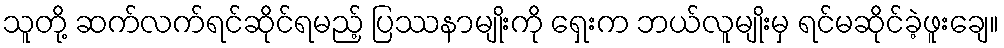
သူတို့ ဆက်လက်ရင်ဆိုင်ရမည့် ပြဿနာမျိုးကို ရှေးက ဘယ်လူမျိုးမှ ရင်မဆိုင်ခဲ့ဖူးချေ။